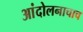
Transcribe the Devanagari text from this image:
आंदोलनाचाच